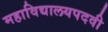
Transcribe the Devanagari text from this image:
महाविद्यालयपदवी